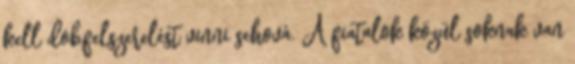
kell dobfelszerelést vinni sehová. A fiatalok közül soknak van